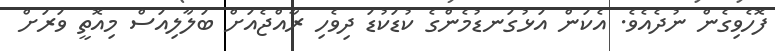
ފޮހެވިގެން ނުދެއެވެ. އެކަން އަޅުގަނޑުމެންގެ ކުޑަކުޑަ ދިވެހި ރާއްޖެއަށް ބަލާލިއަސް މިއޮތީ ވަރަށް